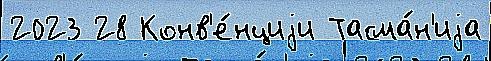
2023 28 Конв'е́нциjи Тасма́н'иjа